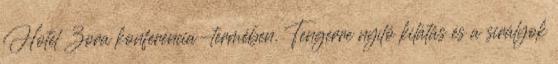
Hotel Zora konferencia-termében. Tengerre nyíló kilátás és a sirályok